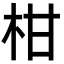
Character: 柑